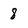
Character: 8